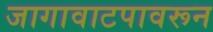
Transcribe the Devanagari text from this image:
जागावाटपावरून